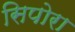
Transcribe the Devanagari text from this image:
सिपोरा